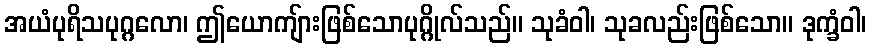
အယံပုရိသပုဂ္ဂလော၊ ဤယောကျ်ားဖြစ်သောပုဂ္ဂိုလ်သည်။ သုခံဝါ၊ သုခလည်းဖြစ်သော။ ဒုက္ခံဝါ၊